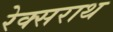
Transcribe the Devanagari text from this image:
रेक्सराथ